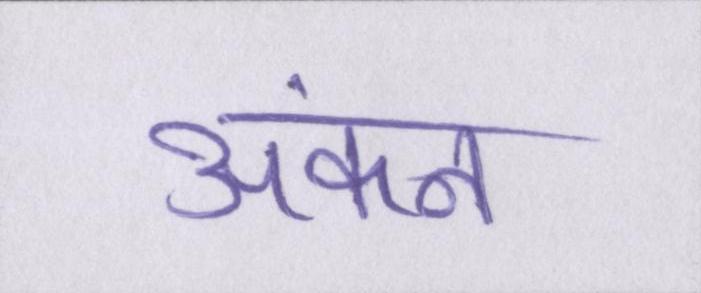
अंकन